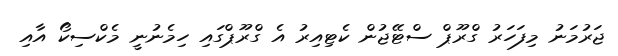
ޖަރުމަނު މިފަހަރު ގްރޫޕް ސްޓޭޖުން ކެޓިއިރު އެ ގްރޫޕްގައި ހިމެނުނީ މެކްސިކޯ އާއި